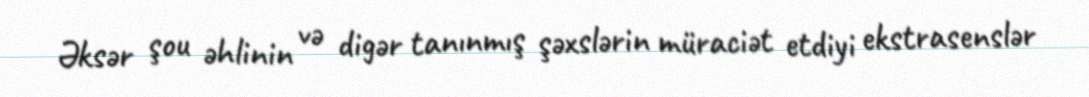
Əksər şou əhlinin və digər tanınmış şəxslərin müraciət etdiyi ekstrasenslər